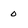
Character: 0